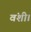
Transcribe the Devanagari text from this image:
वंशी।